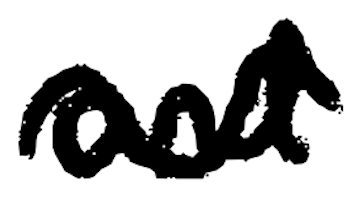
Text: and
Cross-out: wave
Writing tool: digital_black